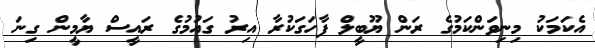
އެކަމަކު މިނިވަންކަމުގެ ރަން ޔޫބީލް ފާހަގަކުރާ އިރު ގައުމުގެ ރައީސް ޔާމީން ގިނަ